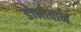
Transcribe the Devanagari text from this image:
डोनोवान